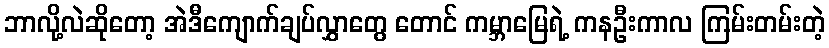
ဘာလို့လဲဆိုတော့ အဲဒီကျောက်ချပ်လွှာတွေ တောင် ကမ္ဘာမြေရဲ့ ကနဦးကာလ ကြမ်းတမ်းတဲ့